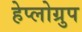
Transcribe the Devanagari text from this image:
हेप्लोग्रुप